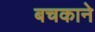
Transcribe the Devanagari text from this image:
बचकाने